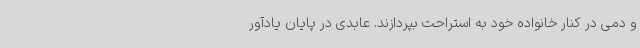
و دمی در کنار خانواده خود به استراحت بپردازند. عابدی در پایان یادآور